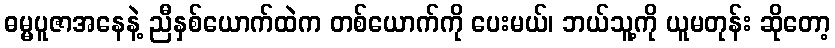
ဓမ္မပူဇာအနေနဲ့ ညီနှစ်ယောက်ထဲက တစ်ယောက်ကို ပေးမယ်၊ ဘယ်သူ့ကို ယူမတုန်း ဆိုတော့